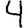
Digit: 4